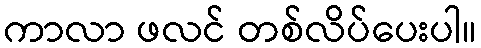
ကာလာ ဖလင် တစ်လိပ်ပေးပါ။